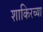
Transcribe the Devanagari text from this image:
शाकिरच्या